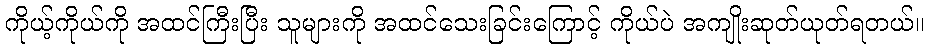
ကိုယ့်ကိုယ်ကို အထင်ကြီးပြီး သူများကို အထင်သေးခြင်းကြောင့် ကိုယ်ပဲ အကျိုးဆုတ်ယုတ်ရတယ်။